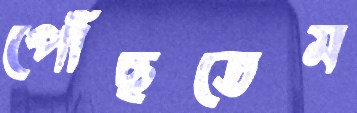
পৌঁছতেম